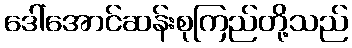
ဒေါ်အောင်ဆန်းစုကြည်တို့သည်